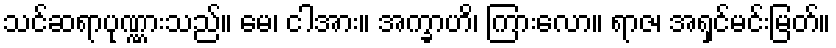
သင်ဆရာပုဏ္ဏားသည်။ မေ၊ ငါအား။ အက္ခာဟိ၊ ကြားလော။ ရာဇ၊ အရှင်မင်းမြတ်။